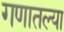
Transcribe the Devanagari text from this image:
गणातल्या